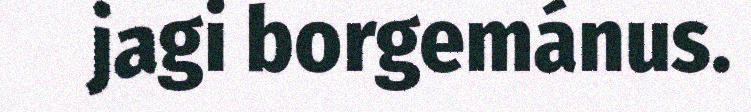
jagi borgemánus.